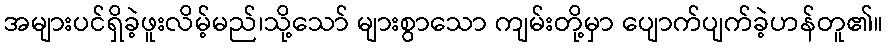
အများပင်ရှိခဲ့ဖူးလိမ့်မည်၊သို့သော် များစွာသော ကျမ်းတို့မှာ ပျောက်ပျက်ခဲ့ဟန်တူ၏။